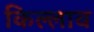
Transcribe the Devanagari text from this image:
किल्लाव